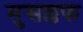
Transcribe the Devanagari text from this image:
मुसल्लफ